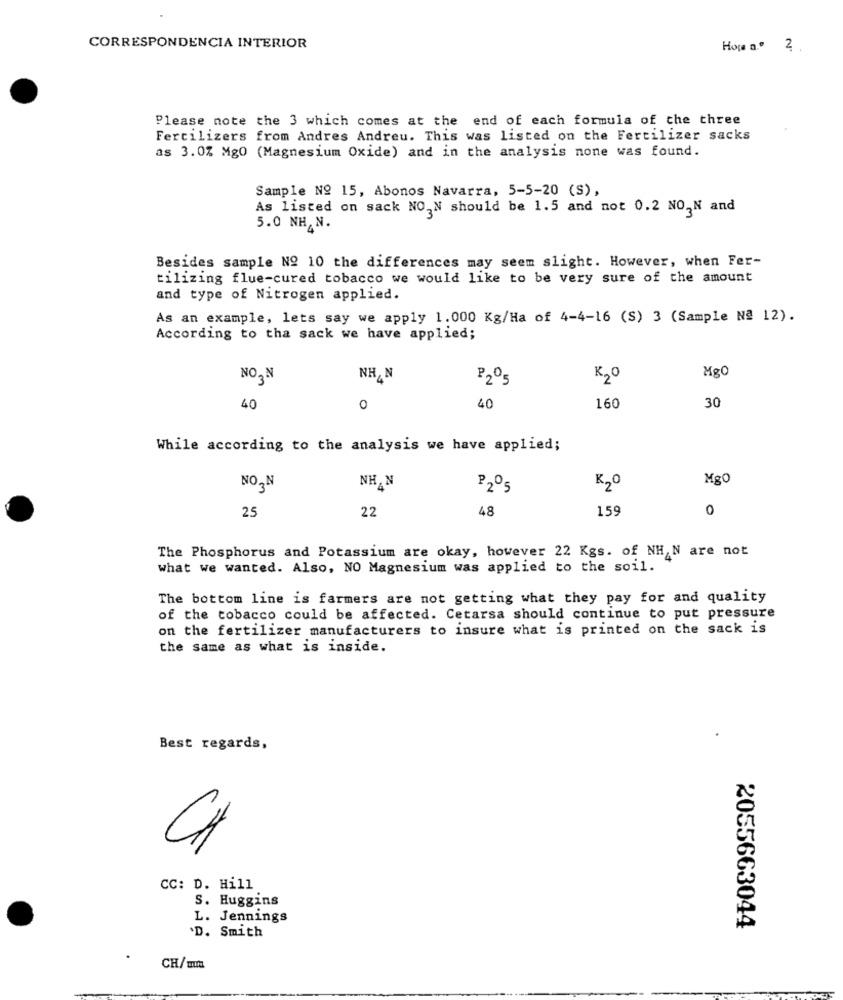
CORRESPONDENCIA INTERIOR
2
Please note the 3 which comes at the end of each formula of the three
Fertilizers from Andres Andreu. This was listed on the Fertilizer sacks
as 3.0% Mg0 (Magnesium Oxide) and in the analysis none was found.
Sample Nº 15, Abonos Navarra, 5-5-20 (S),
As listed on sack NO,N should be 1.5 and not 0.2 NO,N and
5.0 NH,N.
Besides sample No 10 the differences may seem slight. However, when Fer-
tilizing flue-cured tobacco we would like to be very sure of the amount
and type of Nitrogen applied.
As an example, lets say we apply 1.000 Kg/Ha of 4-4-16 (S) 3 (Sample Nª 12).
According to tha sack we have applied;
Mg0
NHAN
P205
K2O
40
0
40
160
30
While according to the analysis we have applied;
Mg0
NON
NHAN
P205
K20
22
48
159
0
25
The Phosphorus and Potassium are okay, however 22 Kgs. of NH N are not
what we wanted. Also, NO Magnesium was applied to the soil.
The bottom line is farmers are not getting what they pay for and quality
of the tobacco could be affected. Cetarsa should continue to put pressure
on the fertilizer manufacturers to insure what is printed on the sack is
the same as what is inside.
Best regards,
CA
CC: D. Hill
S. Huggins
L. Jennings
'D. Smith
2055663044
CH/ mm